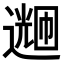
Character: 𬩌